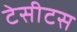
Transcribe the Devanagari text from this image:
टेसीटस